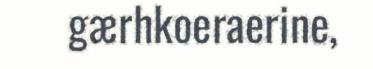
gærhkoeraerine,